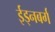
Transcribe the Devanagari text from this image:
ईड्नबर्ग